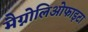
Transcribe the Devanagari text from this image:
मैग्नोलिओफाइटा